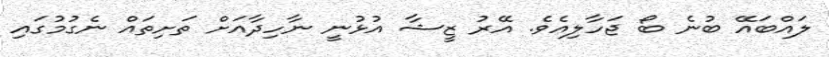
ލައްބައޭ ބުނެ ބޯ ޖަހާލިއެވެ. އޭރު ޒީޝާ އުޅުނީ ނާހިދާއަށް ތަށިތައް ނެގުމުގައި